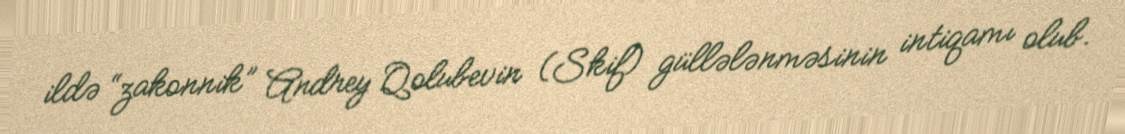
ildə “zakonnik” Andrey Qolubevin (Skif) güllələnməsinin intiqamı olub.